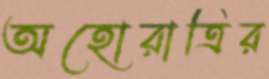
অহোরাত্রির